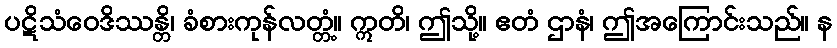
ပဋိသံဝေဒိဿန္တိ၊ ခံစားကုန်လတ္တံ့။ ဣတိ၊ ဤသို့။ ဧတံ ဌာနံ၊ ဤအကြောင်းသည်။ န